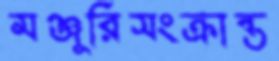
মঞ্জুরিসংক্রান্ত